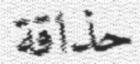
حذاقة